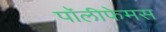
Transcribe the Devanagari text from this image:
पॉलीफेमस